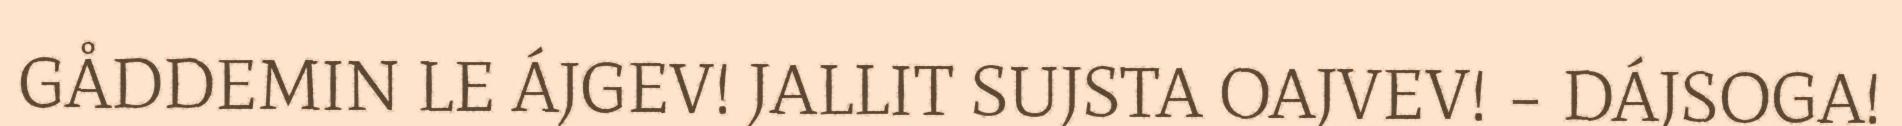
GÅDDEMIN LE ÁJGEV! JALLIT SUJSTA OAJVEV! – DÁJSOGA!